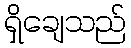
ရှိချေသည်